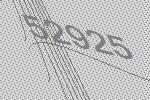
52925